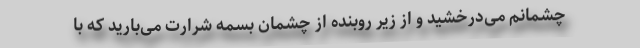
چشمانم می‌درخشید و از زیر روبنده از چشمان بسمه شرارت می‌بارید که با